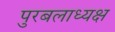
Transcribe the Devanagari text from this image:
पुरबलाध्यक्ष